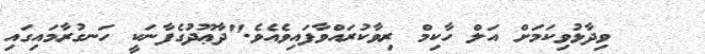
ވިދާޅުވިކަމަށް އަލް ހާކިމް ރިވާކުރައްވާފައިވެއެވެ."ދާޢޫދުގެފާނަކީ ހަނގުރާމައިގައި